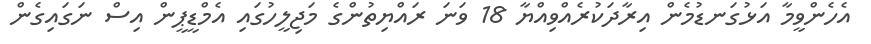
އެހެންވީމާ އަޅުގަނޑުމެން އިރާދަކުރެއްވިއްޔާ 18 ވަނަ ރައްޔިތުންގެ މަޖިލީހުގައި އެމްޑީޕީން އިސް ނަގައިގެން